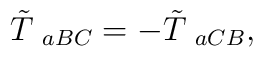
\tilde{T}_{\;\;aBC}=-\tilde{T}_{\;\;aCB},